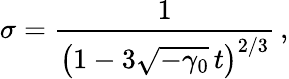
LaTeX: \sigma=\frac{1}{\left(1-3\sqrt{-\gamma_{0}}\, t\right)^{2/3}}\, ,